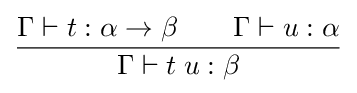
{\frac {\Gamma \vdash t:\alpha \rightarrow \beta \qquad \Gamma \vdash u:\alpha }{\Gamma \vdash t\;u:\beta }}